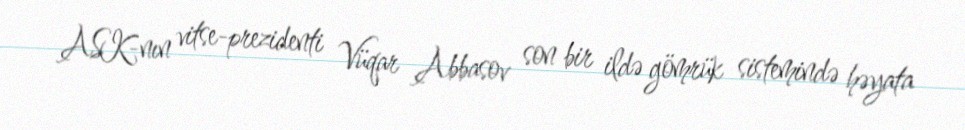
ASK-nın vitse-prezidenti Vüqar Abbasov son bir ildə gömrük sistemində həyata